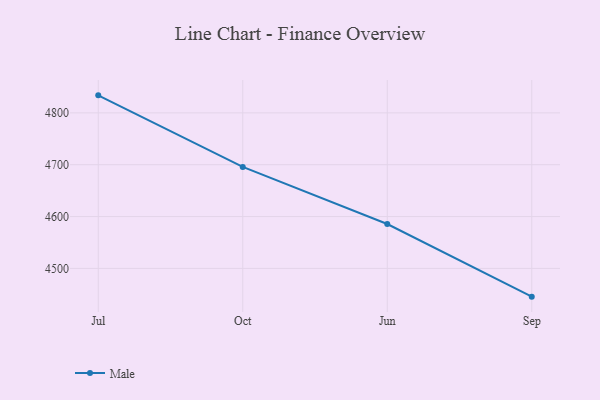
{"axis": {"x": "Month", "y": "Market Share (%)"}, "legend": ["Male"], "data": [{"x": "Jul", "y": 4833.8, "type": "Male"}, {"x": "Oct", "y": 4695.8, "type": "Male"}, {"x": "Jun", "y": 4585.6, "type": "Male"}, {"x": "Sep", "y": 4445.5, "type": "Male"}]}